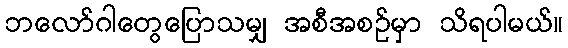
ဘလော်ဂါတွေပြောသမျှ အစီအစဉ်မှာ သိရပါမယ်။